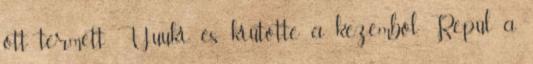
ott termett Yuuki, és kiütötte a kezemből. Repül a